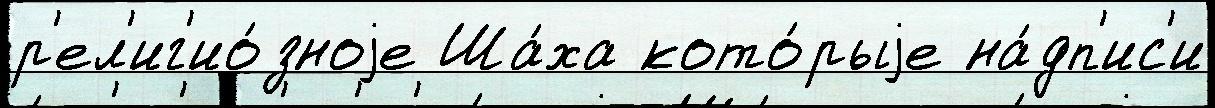
р'ел'иг'ио́зноjе Ша́ха кото́рыjе на́дп'ис'и